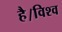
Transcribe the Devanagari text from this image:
है।विश्व